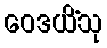
ဝေဒယိံသု